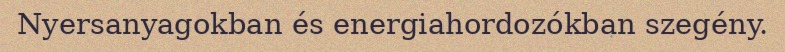
Nyersanyagokban és energiahordozókban szegény.